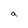
Character: a